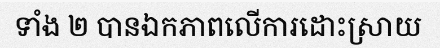
ទាំង ២ បានឯកភាពលើការដោះស្រាយ